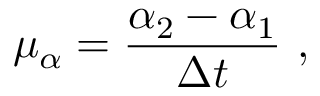
\mu _ { \alpha } = { \frac { \alpha _ { 2 } - \alpha _ { 1 } } { \Delta t } } \ ,